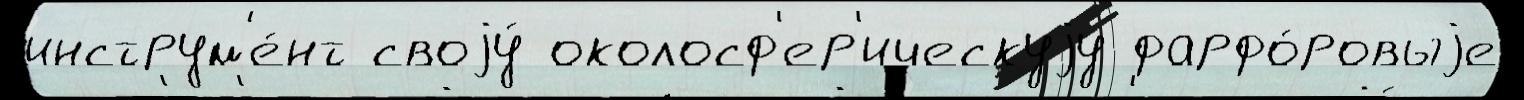
инструм'е́нт своjу́ околосф'ер'ическуjу фарфо́ровыjе